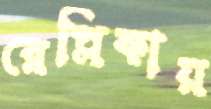
রেপ্লিকায়